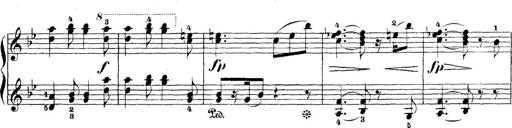
Title: 5 Sonatinas
Composer: Theodor Kirchner